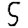
Digit: 5